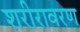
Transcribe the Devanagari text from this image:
शरीरावरण